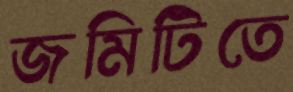
জমিটিতে